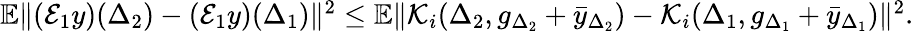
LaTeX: \begin{array}{r}{\mathbb{E}\| ({\cal E}_{1}y)(\Delta_{2})-({\cal E}_{1}y)(\Delta_{1})\| ^{2}\leq\mathbb{E}\| {\cal K}_{i}(\Delta_{2},g_{\Delta_{2}}+\bar{y}_{\Delta_{2}})-{\cal K}_{i}(\Delta_{1},g_{\Delta_{1}}+\bar{y}_{\Delta_{1}})\| ^{2}.}\end{array}